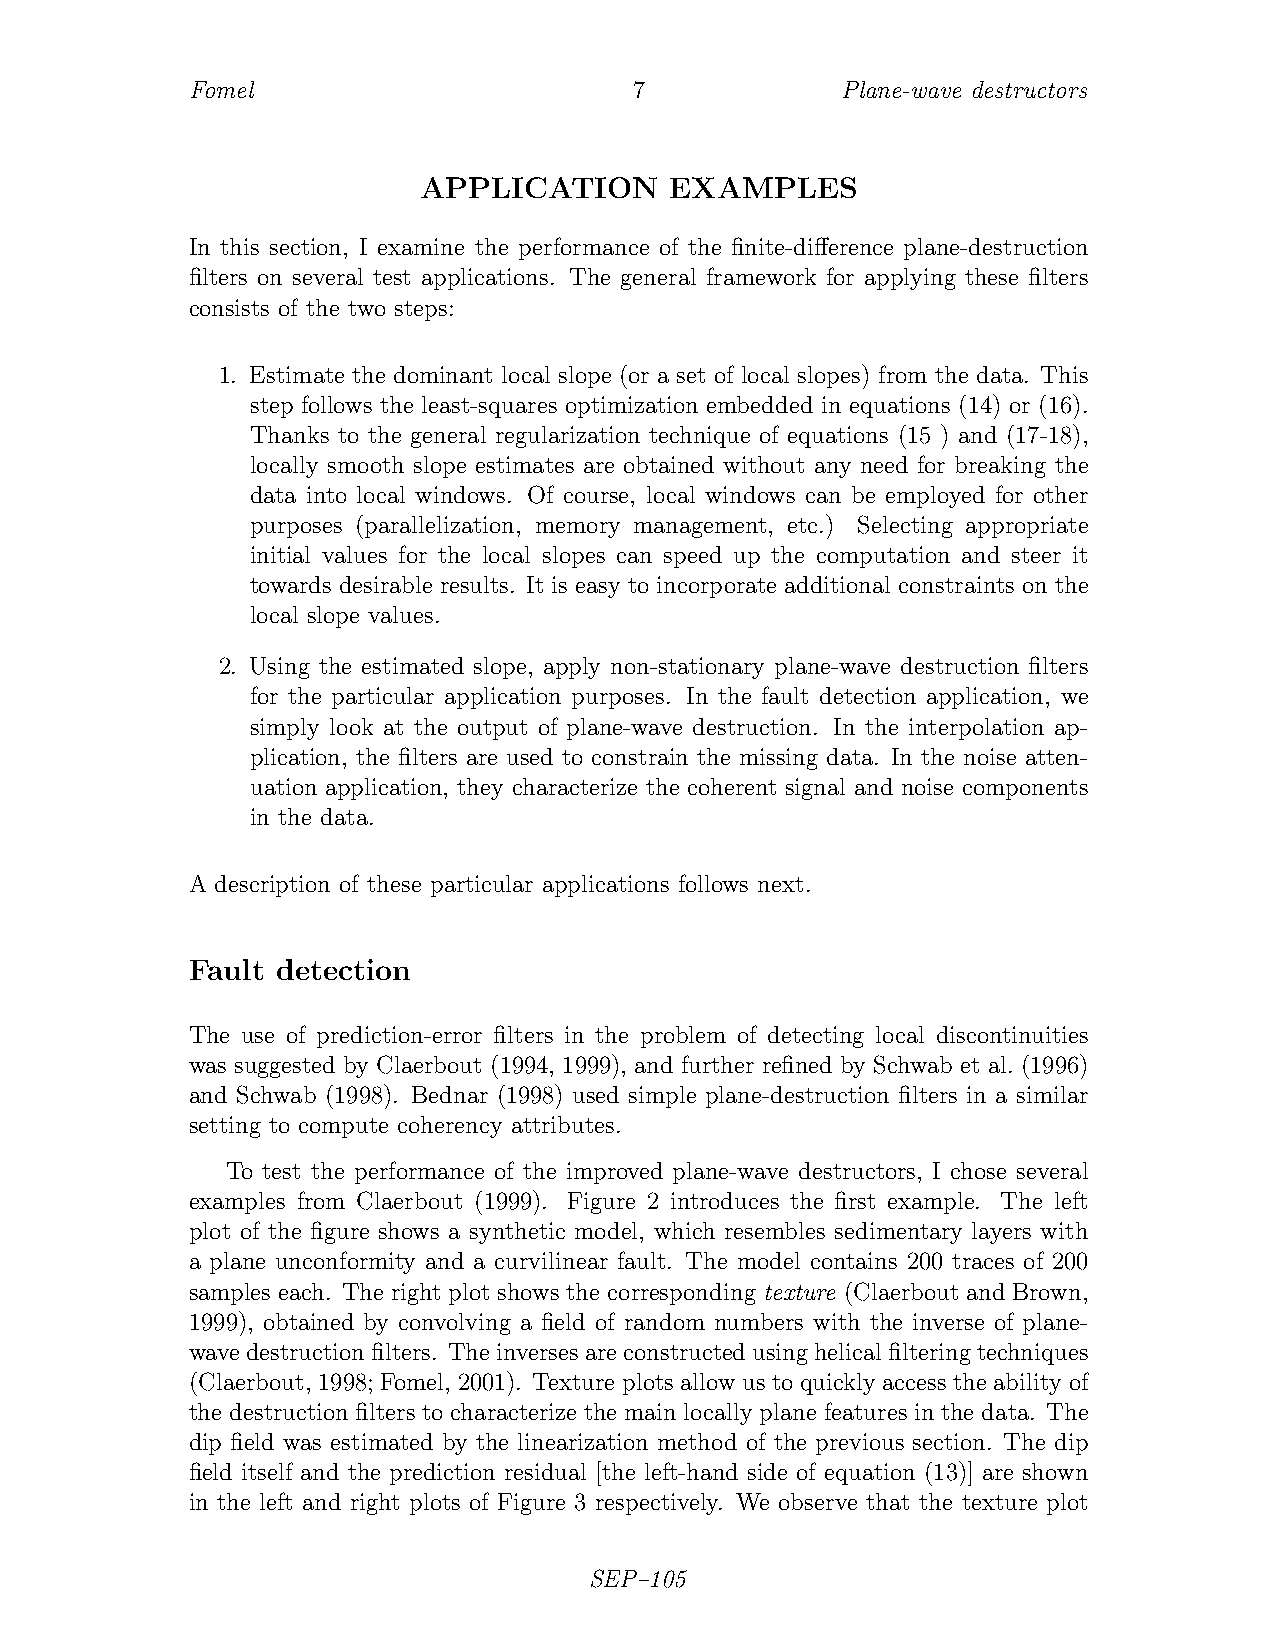
Fomel                        7             Plane-wave destructors
 APPLICATION     EXAMPLES
 In this section, I examine the performance of the finite-difference plane-destruction
 filters on several test applications. The general framework for applying these filters
 consists of the two steps:
 1. Estimate the dominant local slope (or a set of local slopes) from the data. This
 step follows the least-squares optimization embedded in equations (14) or (16).
 Thanks to the general regularization technique of equations (15 ) and (17-18),
 locally smooth slope estimates are obtained without any need for breaking the
 data into local windows. Of course, local windows can be employed for other
 purposes (parallelization, memory management, etc.) Selecting appropriate
 initial values for the local slopes can speed up the computation and steer it
 towards desirable results. It is easy to incorporate additional constraints on the
 local slope values.
 2. Using the estimated slope, apply non-stationary plane-wave destruction filters
 for the particular application purposes. In the fault detection application, we
 simply look at the output of plane-wave destruction. In the interpolation ap-
 plication, the filters are used to constrain the missing data. In the noise atten-
 uation application, they characterize the coherent signal and noise components
 in the data.
 A description of these particular applications follows next.
 Fault detection
 The use of prediction-error filters in the problem of detecting local discontinuities
 was suggested by Claerbout (1994, 1999), and further refined by Schwab et al. (1996)
 and Schwab (1998). Bednar (1998) used simple plane-destruction filters in a similar
 setting to compute coherency attributes.
 To test the performance of the improved plane-wave destructors, I chose several
 examples from Claerbout (1999). Figure 2 introduces the first example. The left
 plot of the figure shows a synthetic model, which resembles sedimentary layers with
 a plane unconformity and a curvilinear fault. The model contains 200 traces of 200
 samples each. The right plot shows the corresponding texture (Claerbout and Brown,
 1999), obtained by convolving a field of random numbers with the inverse of plane-
 wavedestructionfilters. Theinversesareconstructedusinghelicalfilteringtechniques
 (Claerbout, 1998; Fomel, 2001). Texture plots allow us to quickly access the ability of
 the destruction filters to characterize the main locally plane features in the data. The
 dip field was estimated by the linearization method of the previous section. The dip
 field itself and the prediction residual [the left-hand side of equation (13)] are shown
 in the left and right plots of Figure 3 respectively. We observe that the texture plot
 SEP–105